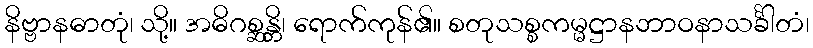
နိဗ္ဗာနဓာတုံ၊ သို့။ အဓိဂစ္ဆန္တိ၊ ရောက်ကုန်၏။ စတုသစ္စကမ္မဋ္ဌာနဘာဝနာသင်္ခါတံ၊